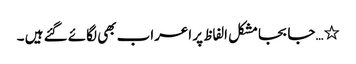
٭…جا بجامشکل الفاظ پر اعراب بھی لگائے گئے ہیں ۔